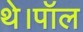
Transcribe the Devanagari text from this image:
थे।पॉल